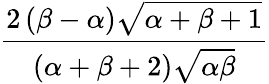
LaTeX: \frac{2\, (\beta-\alpha){\sqrt{\alpha+\beta+1}}}{(\alpha+\beta+2){\sqrt{\alpha\beta}}}